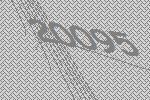
20095